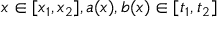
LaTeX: x \in [ x _ { 1 } , x _ { 2 } ] , a ( x ) , b ( x ) \in [ t _ { 1 } , t _ { 2 } ]